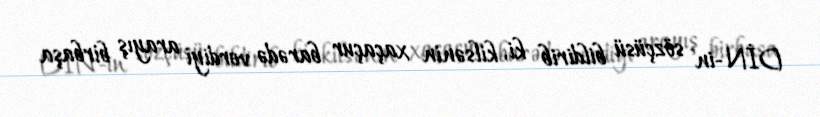
DİN-in sözçüsü bildirib ki, kilsənin xaçaçur barədə verdiyi arayış birbaşa